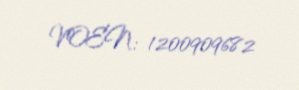
VOEN: 1200909682